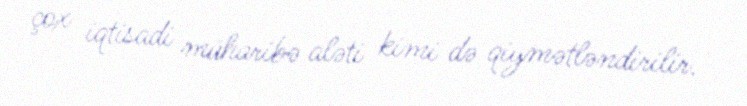
çox iqtisadi müharibə aləti kimi də qiymətləndirilir.